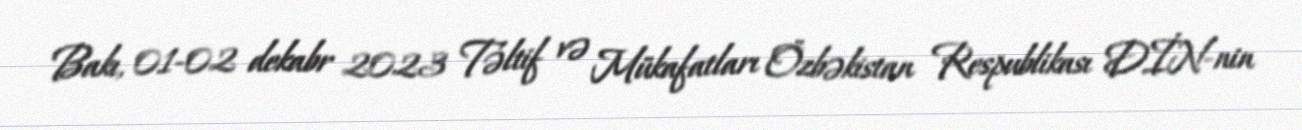
Bakı, 01-02 dekabr 2023 Təltif və Mükafatları Özbəkistan Respublikası DİN-nin